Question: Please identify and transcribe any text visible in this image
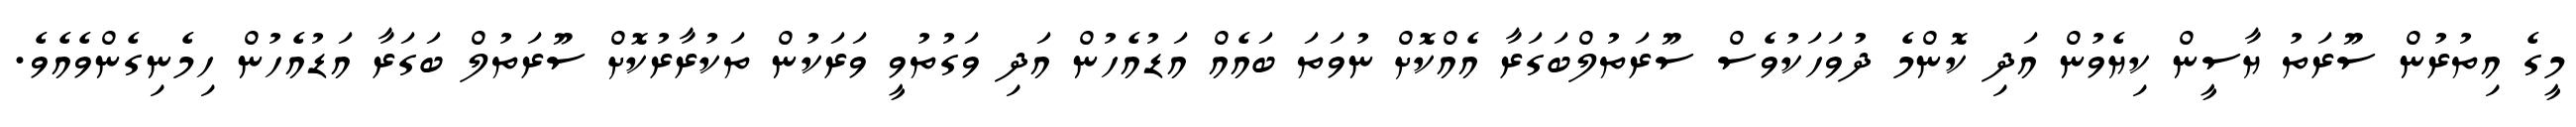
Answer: މީގެ އިތުރުން ސޫރަތު ޔާސީން ކިޔެވުން އަދި ކޮންމެ ދުވަހަކުވެސް ސޫރަތުލްބަގަރާ އެއްކޮށް ނުވަތަ ބައެއް އަޑުއެހުން އަދި ވަގުތުވީ ވަރަކުން ތަކުރާރުކޮށް ސޫރަތުލް ބަގަރާ އަޑުއެހުން ހިމެނިގެންވެއެވެ.